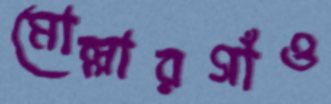
মোল্লারগাঁও